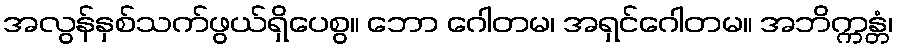
အလွန်နှစ်သက်ဖွယ်ရှိပေစွ။ ဘော ဂေါတမ၊ အရှင်ဂေါတမ။ အဘိက္ကန္တံ၊